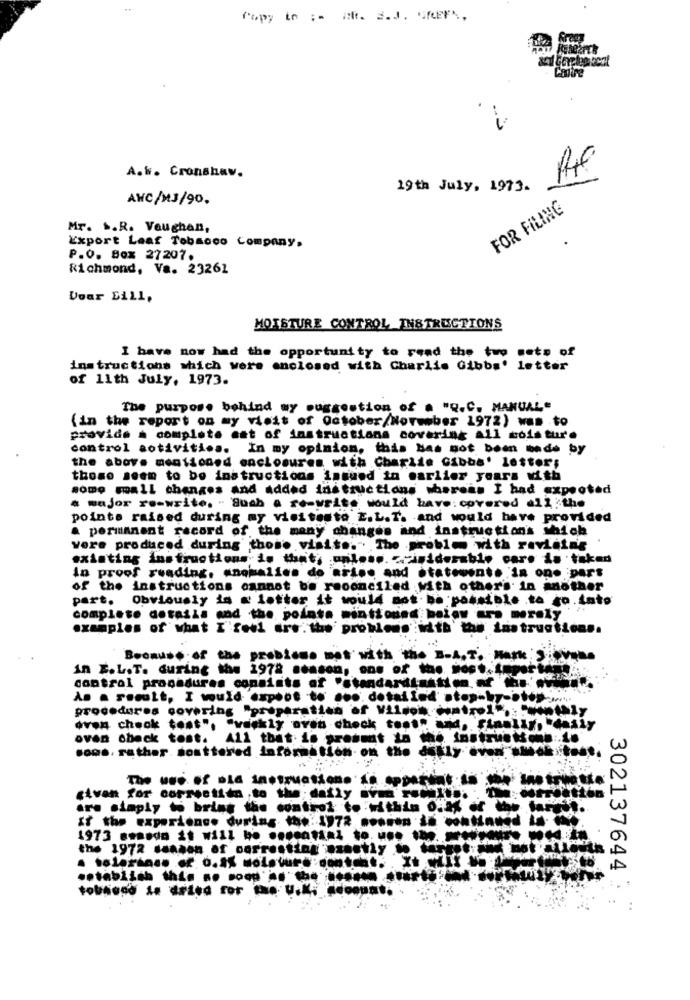
A.W. Cronshaw.
19th July, 1973.
AWC/MJ/90.
FOR FILING
Mr. .. R. Vaughan,
Export Leaf Tobacco Company.
P.O. Box 27207.
Richmond, Va. 23261
Voar Bill,
MOISTURE CONTROL INSTRUCTIONS
I have now had the opportunity to read the two sets of
instructions which were enclosed with Charlis Gibbs' letter
of 11th July, 1973.
The purpose behind my suggestion of . "Q.C. MANUAL"
(in the report on my visit of October/November 1972) was to
provide a complete mat of instructions covering all mois ture
control activities. In my opinion, this Has not been made by
the above mentioned enclosures with Charlie Gibba' letter;
those seem to be instructions inmued in earlier years with
some mall changes and added instructions whereas I had expected
a major re-write. " Such a re-write would have: covered all :the
points raised during my visitesto E.L.T. and would have provided
& permanent record of the many changes and instruction's which
vere produced during those visite." The proble with revistas
existing instructions is that, unless. ciniderable caro da taked
in proof reading, anomalies do arise and otatevente in one part
of the instructions cannot be reconciled with others in another
part. Obviously in « latter it would not be possible .to go.tato
complete details and the points minttound below are merely
examples of what I'feel ars.the problemswith the instructions.
Because of the problems met with the B-A.T. Mark Sievens
in E.L.T. during the 1972 season, one of the most ..
control procedures consists of *standardtutti ---
As a result, I would expect to soo. dotailed' stop-hy-
procedures covering "preparation of Vilson Control" ...
oven check tost", "waskly oven check tost", and. finn]
oven check tost. All that is present in the instr
sons, rather. souttered information- on the dekly eve
given for correction to the daily
are simply ti brins the control to within o:5%
zř the experience during the: 1972 .women
1973 somedo it will be essential to. une
the 1972 season of oarresting .zaetly .
.etablish this . sood'arte ---- --**
302137644
tobacco is dried for the U.K. Account.